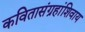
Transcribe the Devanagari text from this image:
कवितासंग्रहांशिवाय